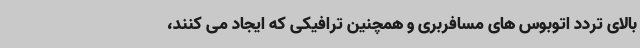
بالای تردد اتوبوس های مسافربری و همچنین ترافیکی که ایجاد می کنند،